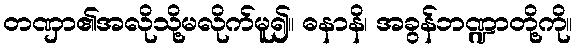
တဏှာ၏အလိုသို့မလိုက်မူ၍။ ဓနာနိ၊ အခွန်ဘဏ္ဍာတို့ကို။